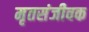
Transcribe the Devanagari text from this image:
मृतसंजीवक